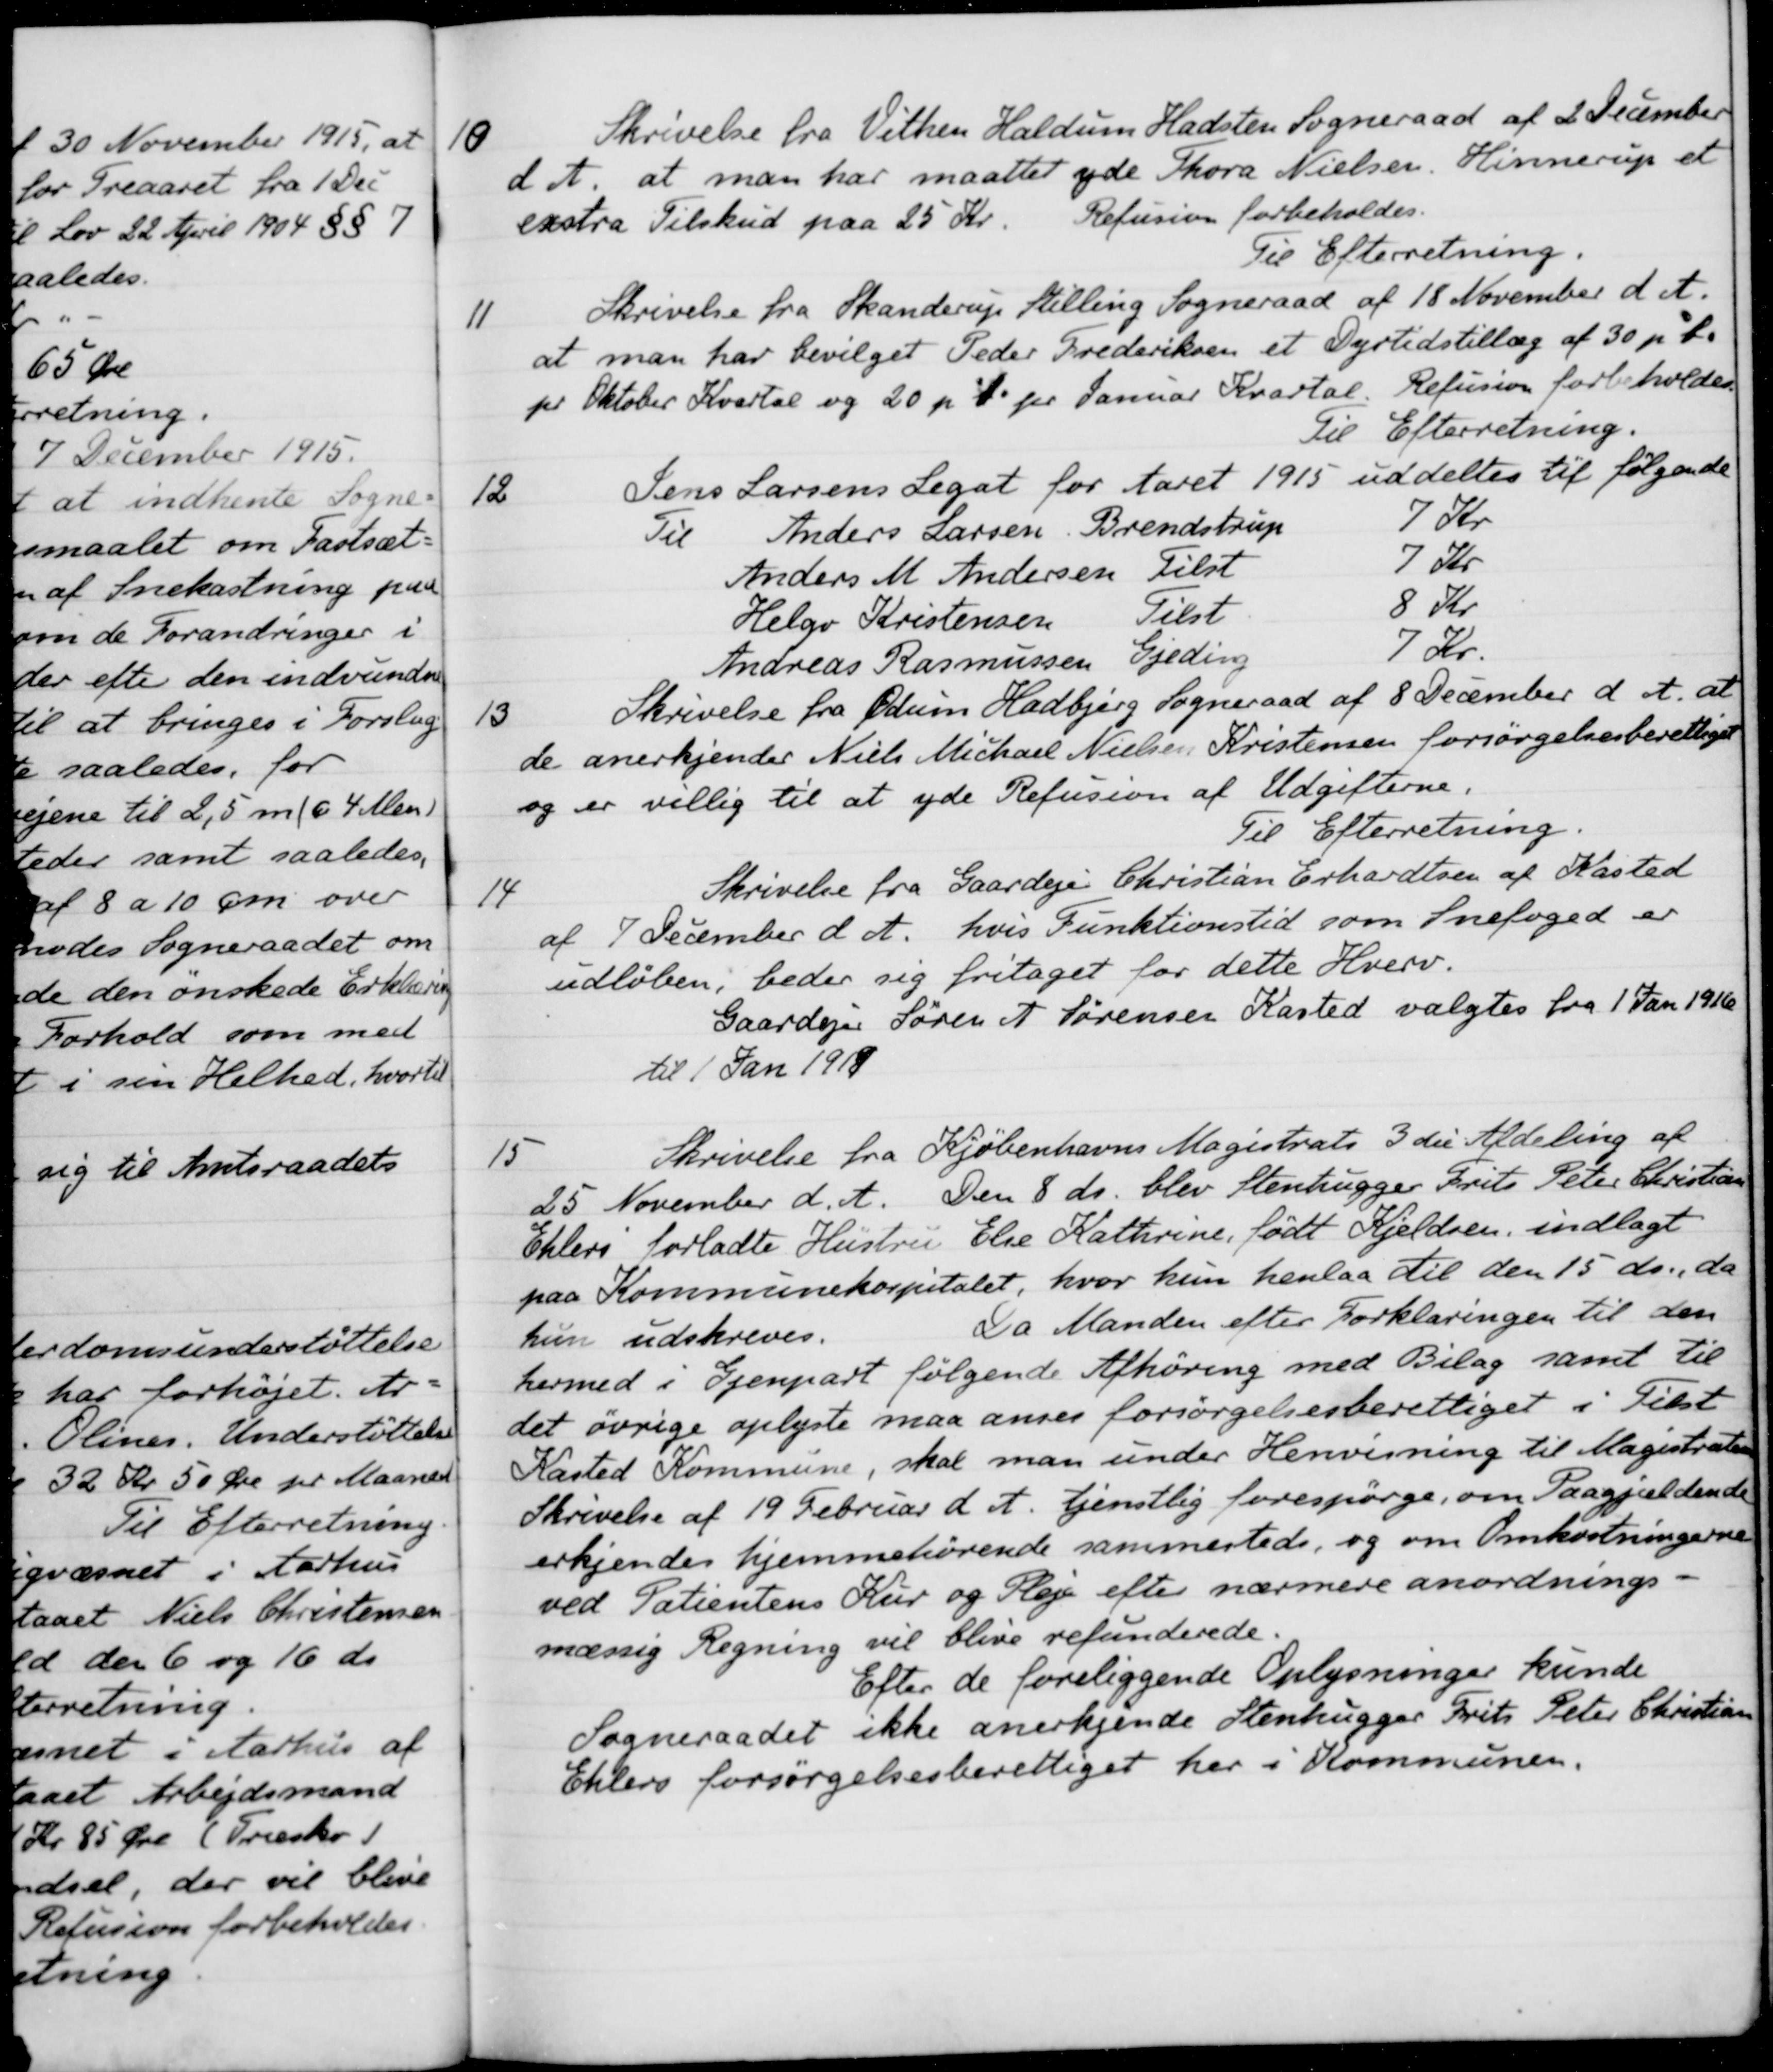
Transskription:
10
Skrivelse fra Vithen Haldum Hadsten Sogneraad af 2 December
d. A. at man har maattet yde Thora Nielsen. Hinnerup et 
exstra Tilskud paa 25 Kr.
Refusion forbeholdes
Til Efterretning.
11
Skrivelse fra Skanderup Stilling Sogneraad af 18 November d. A.
at man har bevilget Peder Frederiksen et Dyrtidstillæg af 30 pr. %.
pr Oktober Kvartal og 20 p % pr. Januar Kvartal. Refusion forbeholder
Til Efterretning.
12
Jens Larsens Legat for Aaret 1915 uddeltes til følgende
Til Anders Larsen Brendstrup
7 Kr
Anders M Andersen
Tilst
7 Kr
Helge Kristensen
Tilst
8 Kr.
Andreas Rasmussen
Gjeding
7 Kr.
13
Skrivelse fra Ødum Hadbjerg Sogneraad af 8 December d. A. at
de anerkjender Niels Michael Nielsen Kristensen forsørgelsesberettiget
og er villig til at yde Refusion af Udgifterne.
Til Efterretning.
14
Skrivelse fra Gaardejer Christian Erhardtsen af Kasted
af 9 December d. A. hvis Funktionstid som Snefoged er
udløben, beder sig fritaget for dette Hverv.
Gaardejer Søren A. Sørensen Kasted valgtes fra 1 Jan 1916
til 1 Jan 1919
15
Skrivelse fra Kjøbenhavns Magistrats 3 die Afdeling af
25 November d. A. Den 8 ds. blev Stenhugger Frits Peter Christian
Ehlers forladte Hustru Else Kathrine, født Kjeldsen, indlagt
paa Kommunehospitalet, hvor hun henlaa til den 15 ds., da
hun udskreves. Da Manden efter Forklaringen til den
hermed i Gjenpart følgende Afhøring med Bilag samt til
det øvrige oplyste maa anses forsørgelsesberettiget i Tilst
Kasted Kommune, skal man under Henvisning til Magistraten
Skrivelse af 19 Februar d. A. tjenstlig forespørge, om Paagjældende
erkjendes hjemmehørende sammesteds, og om Omkostningerne
ved Patientens Kur og Pleje efter nærmere anordnings-
mæssig Regning vil blive refunderede.
Efter de foreliggende Oplysninger kunde
Sogneraadet ikke anerkjende Stenhugger Frits Peter Christian
Ehlers forsørgelsesberettiget her i Kommunen.